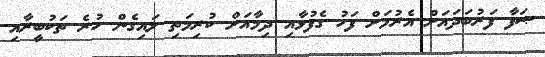
ޞަފާ ފަރުބަދައަށް އެރުމަށް ފަހު ގެފުޅާއި ދިމާއަށް ކުރިމަތި ލައިގެން ހުރެ ތަކުބީރާއި